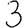
Digit: 3